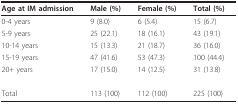
<table><thead><tr><td><b>Age at IM admission</b></td><td><b>Male (%)</b></td><td><b>Female (%)</b></td><td><b>Total (%)</b></td></tr></thead><tbody><tr><td>0-4 years</td><td>9 (8.0)</td><td>6 (5.4)</td><td>15 (6.7)</td></tr><tr><td>5-9 years</td><td>25 (22.1)</td><td>18 (16.1)</td><td>43 (19.1)</td></tr><tr><td>10-14 years</td><td>15 (13.3)</td><td>21 (18.7)</td><td>36 (16.0)</td></tr><tr><td>15-19 years</td><td>47 (41.6)</td><td>53 (47.3)</td><td>100 (44.4)</td></tr><tr><td>20+ years</td><td>17 (15.0)</td><td>14 (12.5)</td><td>31 (13.8)</td></tr><tr><td>Total</td><td>113 (100)</td><td>112 (100)</td><td>225 (100)</td></tr></tbody></table>